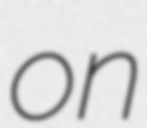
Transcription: on